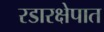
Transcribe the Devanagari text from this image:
रडारक्षेपात